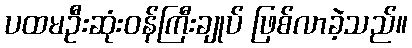
ပထမဦးဆုံးဝန်ကြီးချုပ် ဖြစ်လာခဲ့သည်။